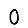
Digit: 0